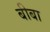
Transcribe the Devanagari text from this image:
बीबा